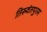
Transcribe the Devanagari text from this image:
तिरूवंतपुरम